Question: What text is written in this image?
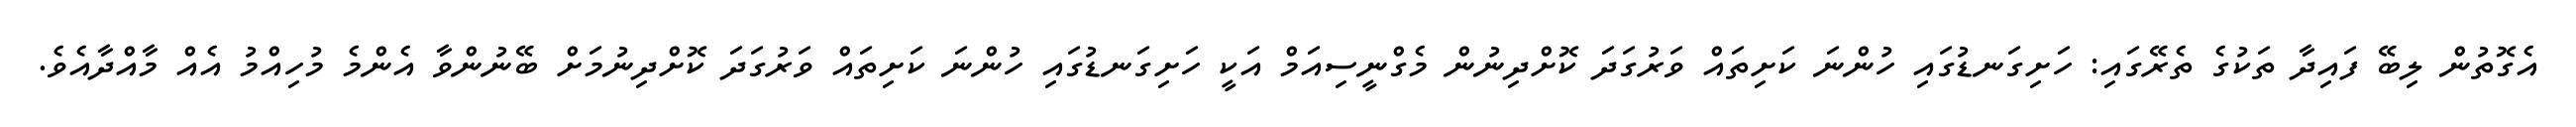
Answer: އެގޮތުން ލިބޭ ފައިދާ ތަކުގެ ތެރޭގައި: ހަށިގަނޑުގައި ހުންނަ ކަށިތައް ވަރުގަދަ ކޮށްދިނުން މެގްނީސިއަމް އަކީ ހަށިގަނޑުގައި ހުންނަ ކަށިތައް ވަރުގަދަ ކޮށްދިނުމަށް ބޭނުންވާ އެންމެ މުހިއްމު އެއް މާއްދާއެވެ.